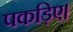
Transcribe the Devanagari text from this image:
पकड़िए।